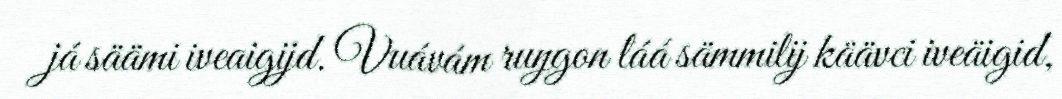
já säämi iveaigijd. Vuávám ruŋgon láá sämmilij käävci iveäigid,